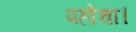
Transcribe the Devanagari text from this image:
पहोचा।